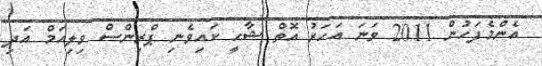
އެންމެފަހުން 2011 ވަނަ އަހަރު އޮތް ޝާހީ ކައިވެނި ޕްރިންސް ވިލިއަމް އަދި